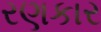
રણકાર